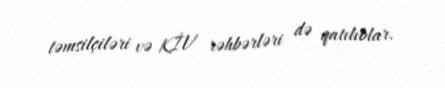
təmsilçiləri və KİV rəhbərləri də qatılıblar.